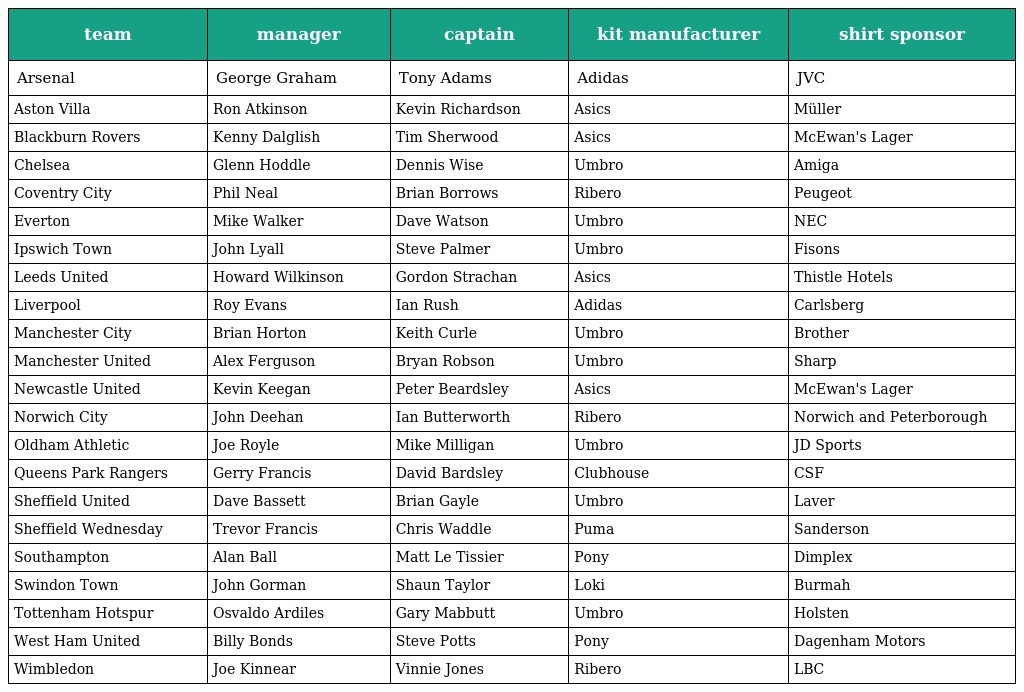
| team | manager | captain | kit manufacturer | shirt sponsor |
 | --- | --- | --- | --- | --- |
 | Arsenal | George Graham | Tony Adams | Adidas | JVC |
 | Aston Villa | Ron Atkinson | Kevin Richardson | Asics | Müller |
 | Blackburn Rovers | Kenny Dalglish | Tim Sherwood | Asics | McEwan's Lager |
 | Chelsea | Glenn Hoddle | Dennis Wise | Umbro | Amiga |
 | Coventry City | Phil Neal | Brian Borrows | Ribero | Peugeot |
 | Everton | Mike Walker | Dave Watson | Umbro | NEC |
 | Ipswich Town | John Lyall | Steve Palmer | Umbro | Fisons |
 | Leeds United | Howard Wilkinson | Gordon Strachan | Asics | Thistle Hotels |
 | Liverpool | Roy Evans | Ian Rush | Adidas | Carlsberg |
 | Manchester City | Brian Horton | Keith Curle | Umbro | Brother |
 | Manchester United | Alex Ferguson | Bryan Robson | Umbro | Sharp |
 | Newcastle United | Kevin Keegan | Peter Beardsley | Asics | McEwan's Lager |
 | Norwich City | John Deehan | Ian Butterworth | Ribero | Norwich and Peterborough |
 | Oldham Athletic | Joe Royle | Mike Milligan | Umbro | JD Sports |
 | Queens Park Rangers | Gerry Francis | David Bardsley | Clubhouse | CSF |
 | Sheffield United | Dave Bassett | Brian Gayle | Umbro | Laver |
 | Sheffield Wednesday | Trevor Francis | Chris Waddle | Puma | Sanderson |
 | Southampton | Alan Ball | Matt Le Tissier | Pony | Dimplex |
 | Swindon Town | John Gorman | Shaun Taylor | Loki | Burmah |
 | Tottenham Hotspur | Osvaldo Ardiles | Gary Mabbutt | Umbro | Holsten |
 | West Ham United | Billy Bonds | Steve Potts | Pony | Dagenham Motors |
 | Wimbledon | Joe Kinnear | Vinnie Jones | Ribero | LBC |